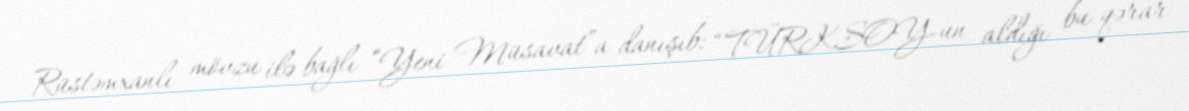
Rüstəmxanlı mövzu ilə bağlı “Yeni Müsavat”a danışıb: “TÜRKSOY-un aldığı bu qərar